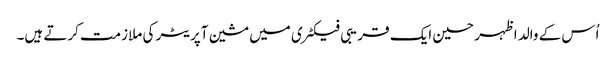
اُس کے والد اظہر حسین ایک قریبی فیکٹری میں مشین آپریٹر کی ملازمت کرتے ہیں۔